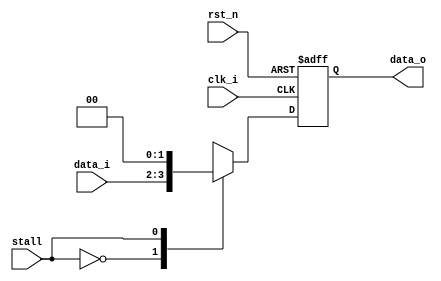
//Subject:     CO project 4 - Pipe Register
//--------------------------------------------------------------------------------
//Version:     1
//--------------------------------------------------------------------------------
//Writer:      
//----------------------------------------------
//Date:        
//----------------------------------------------
//Description: 
//--------------------------------------------------------------------------------
module Pipe_Reg(
                    clk_i,
                    rst_n,
                    stall,
                    data_i,
                    data_o
                    );
                    
parameter size = 0;

input                  clk_i;
input                  rst_n;          
input                  stall;
input      [size-1: 0] data_i;
output reg [size-1: 0] data_o;
      
always @(negedge rst_n or posedge clk_i) begin
    case(rst_n)
        1'b0: data_o <= 0;
        1'b1: begin
            case(stall)
                1'b0: data_o <= data_i;
                1'b1: data_o <= 0;
            endcase
        end
    endcase
end

endmodule